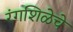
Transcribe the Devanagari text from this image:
रंगशिळेचे